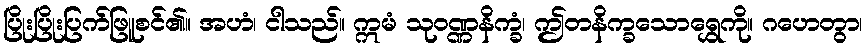
ပြိုးပြိုးပြက်ဖြူစင်၏။ အဟံ၊ ငါသည်။ ဣမံ သုဝဏ္ဏနိက္ခံ၊ ဤတနိက္ခသောရွှေကို။ ဂဟေတွာ၊